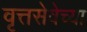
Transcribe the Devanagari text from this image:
वृत्तसेवेच्या